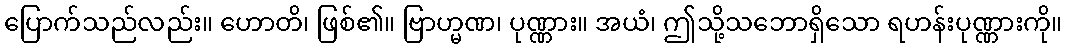
ပြောက်သည်လည်း။ ဟောတိ၊ ဖြစ်၏။ ဗြာဟ္မဏ၊ ပုဏ္ဏား။ အယံ၊ ဤသို့သဘောရှိသော ရဟန်းပုဏ္ဏားကို။